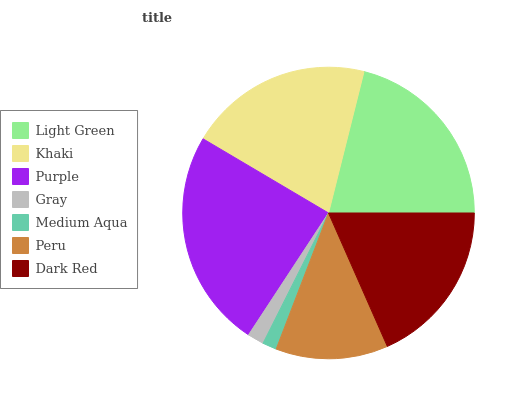
| Light Green | Khaki | Purple | Gray | Medium Aqua | Peru | Dark Red |
 | --- | --- | --- | --- | --- | --- | --- |
 | 21.2% | 20.4% | 24.2% | 1.83% | 1.57% | 12.4% | 18.5% |